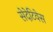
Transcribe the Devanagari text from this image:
सेदेटिवेस